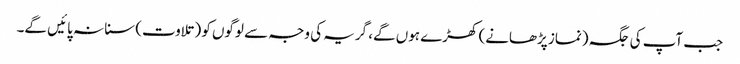
جب آپ کی جگہ (نماز پڑھانے) کھڑے ہوں گے، گریہ کی وجہ سے لوگوں کو (تلاوت) سنا نہ پائیں گے۔